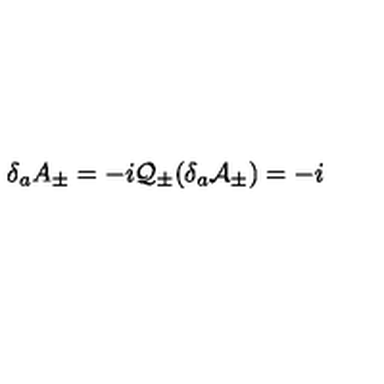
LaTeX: \delta _ { a } A _ { \pm } = - i \mathcal { Q } _ { \pm } ( \delta _ { a } \mathcal { A } _ { \pm } ) = - i